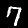
Label: 7